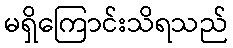
မရှိကြောင်းသိရသည်